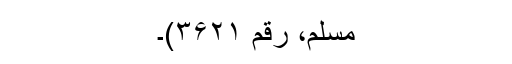
مسلم، رقم ۳۶۲۱)۔